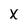
Character: X